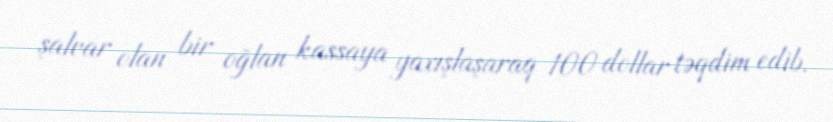
şalvar olan bir oğlan kassaya yaxışlaşaraq 100 dollar təqdim edib.